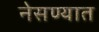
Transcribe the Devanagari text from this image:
नेसण्यात